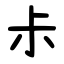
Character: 尗